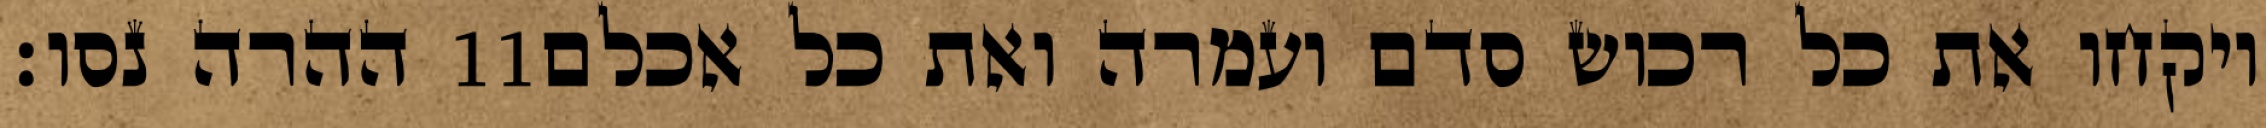
ההרה נסו׃ ‎11‏ ויקחו את כל רכוש סדם ועמרה ואת כל אכלם